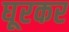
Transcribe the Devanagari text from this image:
घूरकर